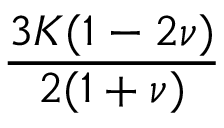
\frac { 3 K ( 1 - 2 \nu ) } { 2 ( 1 + \nu ) }